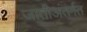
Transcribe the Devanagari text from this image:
जातीअंतर्गत